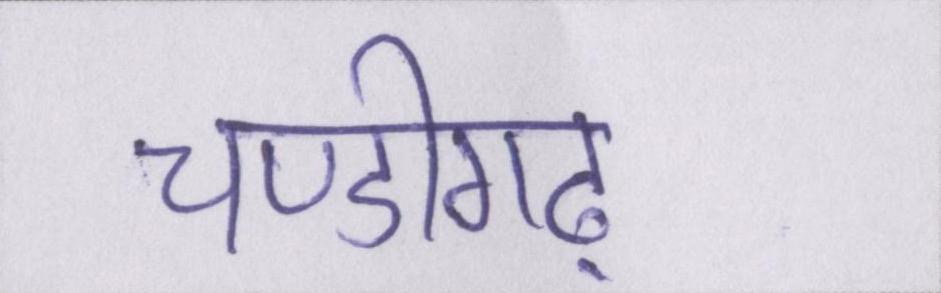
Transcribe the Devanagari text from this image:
चण्डीगढ़